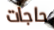
حاجات